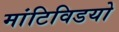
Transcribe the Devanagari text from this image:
मांटिविडयो